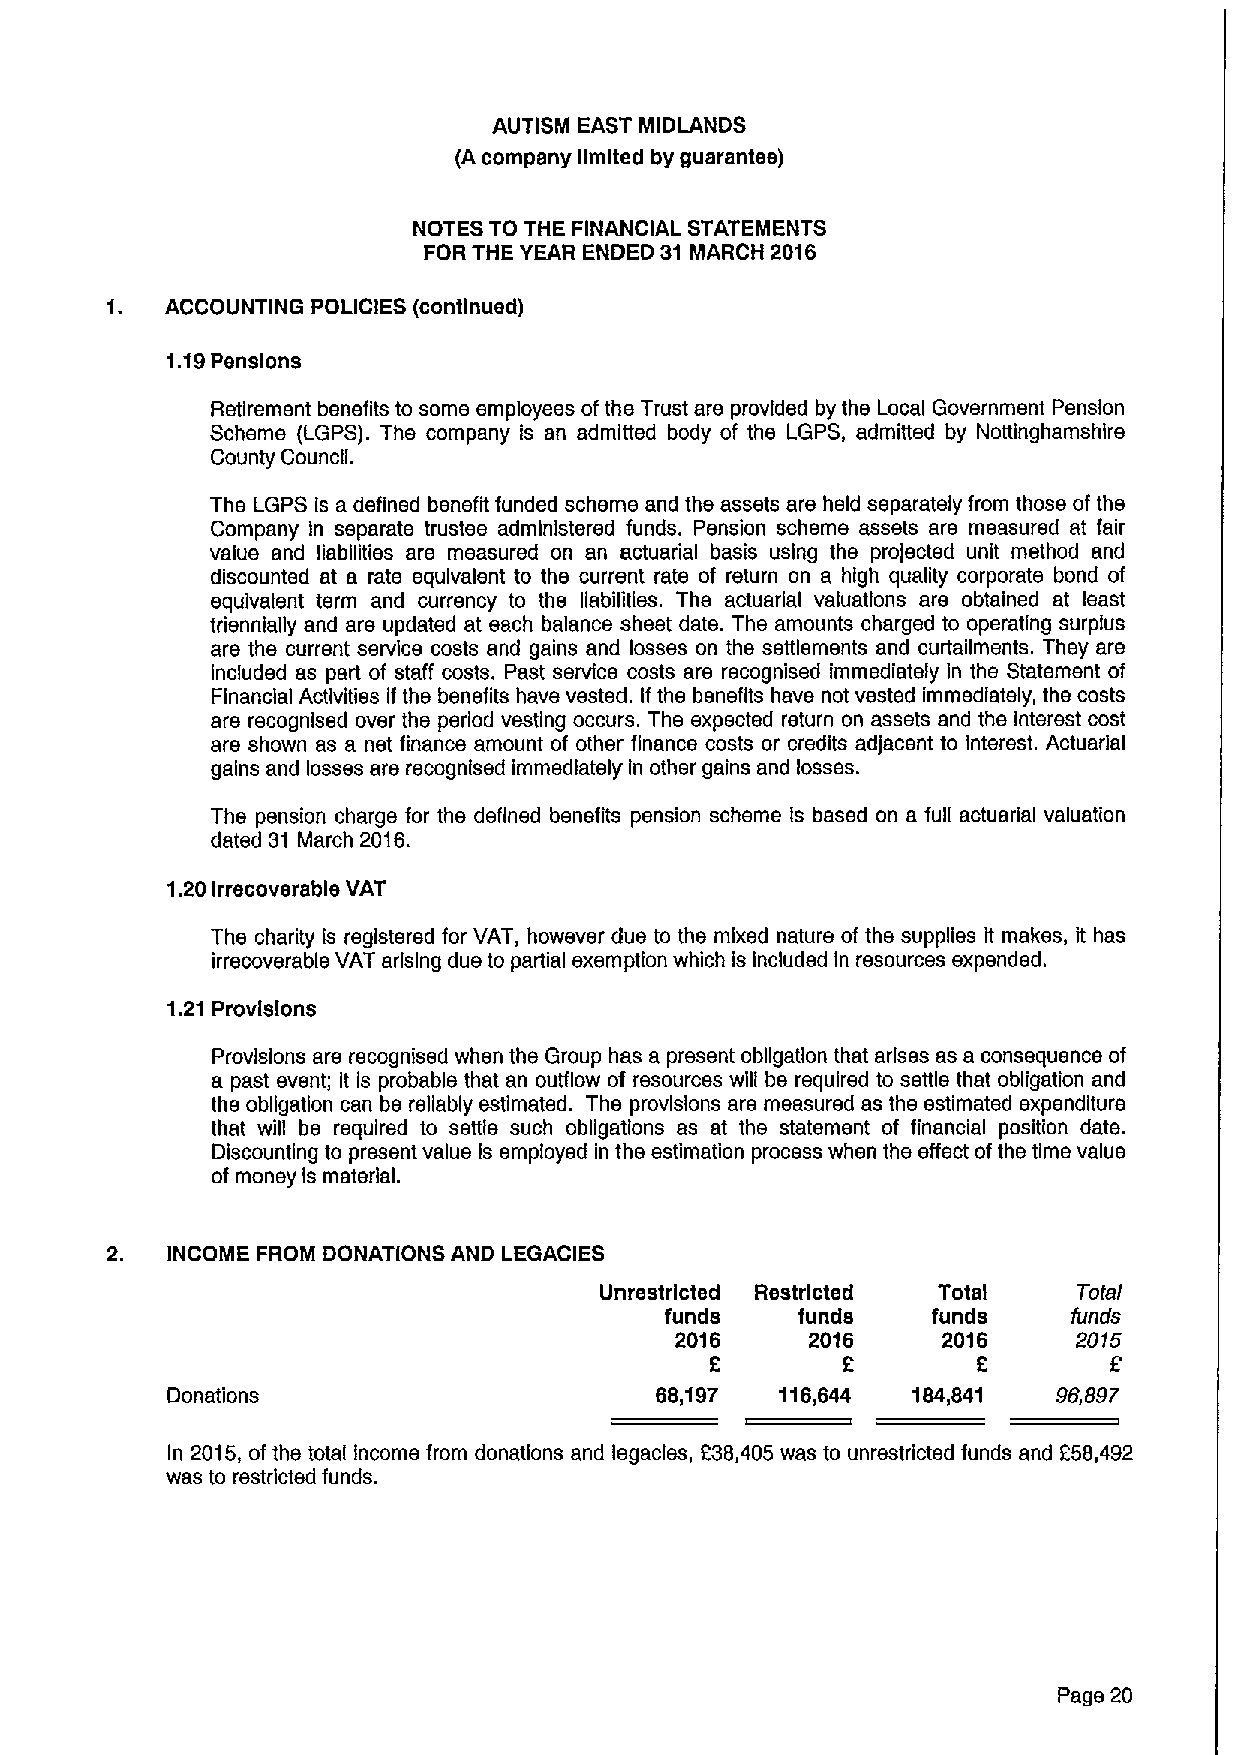
AUTISM EAST MIDLANDS
 (Acompany limited by guarantee)
 NOTES TO THE FINANCIAL STATEMENTS
 FOR THE YEAR ENDED 31 MARCH 2016
 ACCOUNTING POLICIES (continued)
 1.19Pensions
 Retirement benefits to some employees ofthe Trust are provided by the Local Government Pension
 Scheme (LGPS). The company is an admitted body of the LGPS, admitted by Nottinghamshlre
 County Council.
 The LGPS Is a defined benefit funded scheme and the assets are held separately from those ofthe
 Company In separate trustee administered funds. Pension scheme assets are measured at fair
 value and liabilities are measured on an actuarial basis using the projected unit method and
 discounted at a rate equivalent to the current rate of return on a high quality corporate bond of
 equivalent term and currency to the liabilities. The actuarial valuations are obtained at least
 triennially and are updated at each balance sheet date. The amounts charged to operating surplus
 are the current service costs and gains and losses on the settlements and curtailments, They are
 included as part of staff costs. Past service costs are recognised immediately in the Statement of
 Financial Activities ifthe benefits have vested. Ifthe benefits have not vested immediately, the costs
 are recognised over the period vesting occurs. The expected return on assets and the interest cost
 are shown as a net finance amount of other finance costs or credits adjacent to Interest. Actuarial
 gains and losses are recognised immediately In other gains and losses.
 The pension charge for the defined benefits pension scheme Is based on a full actuarial valuation
 dated 31 March 2016.
 1.20 Irrecoverable VAT
 The charity is registered for VAT, however due to the mixed nature of the supplies it makes, it has
 irrecoverable VAT arising due to partial exemption which is included In resources expended.
 1.21 Provisions
 Provisions are recognised when the Group has a present obligation that arises as a consequence of
 a past event; It is probable that an outflow of resources will be required to settle that obligation and
 the obligation can be reliably estimated. The provisions are measured as the estimated expenditure
 that will be required to settle such obligations as at the statement of financial position date.
 Discounting to present value is employed in the estimation process when the effect ofthe time value
 of money Is material.
 INCOME FROM DONATIONS AND LEGACIES
 Unrestricted Restricted Total  Total
 funds    funds    funds    funds
 2016     2016    2016     2015
 2                 2
 Donations                       68,197   116,644 184,841   96,697
 In 2015,ofthe total Income from donations and legacies, 238,405 was to unrestricted funds and 258,492
 was to restricted funds.
 Page 20